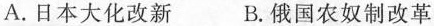
A.日本大化改新 B.俄国农奴制改革